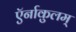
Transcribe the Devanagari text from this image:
ऍर्नाकुलम्